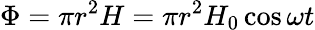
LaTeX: \Phi=\pi r^{2}H=\pi r^{2}H_{0}\cos\omega t